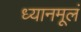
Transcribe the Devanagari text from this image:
ध्यानमूलं